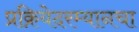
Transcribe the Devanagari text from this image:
प्रक्रियेदरम्यानचा